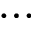
\cdots